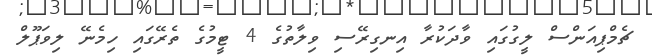
ޗެމްޕިއަންސް ލީގުގައި ވާދަކުރާ އިނގިރޭސި ވިލާތުގެ 4 ޓީމުގެ ތެރޭގައި ހިމެނޭ ލިވަޕޫލް